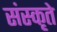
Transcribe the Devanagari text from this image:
संस्कृते